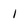
Character: 1